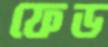
ফেড